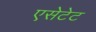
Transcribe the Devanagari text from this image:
एसेटेट